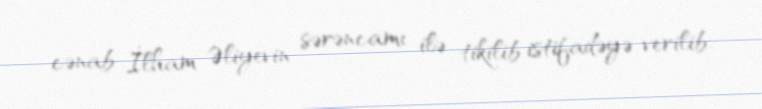
cənab İlham Əliyevin sərəncamı ilə tikilib istifadəyə verilib.